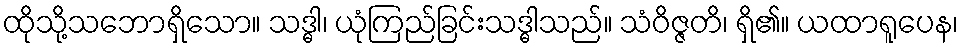
ထိုသို့သဘောရှိသော။ သဒ္ဓါ၊ ယုံကြည်ခြင်းသဒ္ဓါသည်။ သံဝိဇ္ဇတိ၊ ရှိ၏။ ယထာရူပေန၊